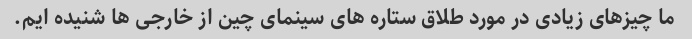
ما چیزهای زیادی در مورد طلاق ستاره های سینمای چین از خارجی ها شنیده ایم.